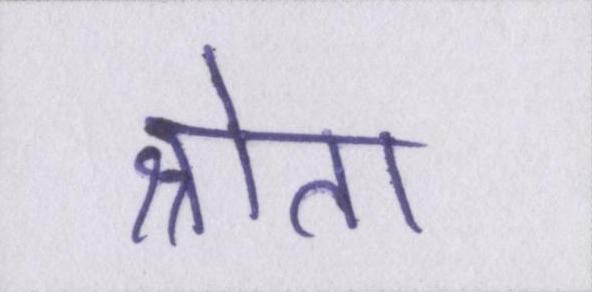
श्रोता